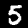
Digit: 5